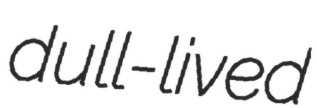
dull-lived